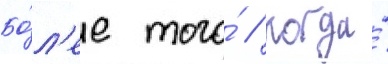
Бо́л'ее того́ / когда́